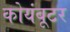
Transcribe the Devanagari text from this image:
कोयंबूटर